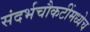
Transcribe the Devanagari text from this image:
संदर्भचौकटींमध्येच